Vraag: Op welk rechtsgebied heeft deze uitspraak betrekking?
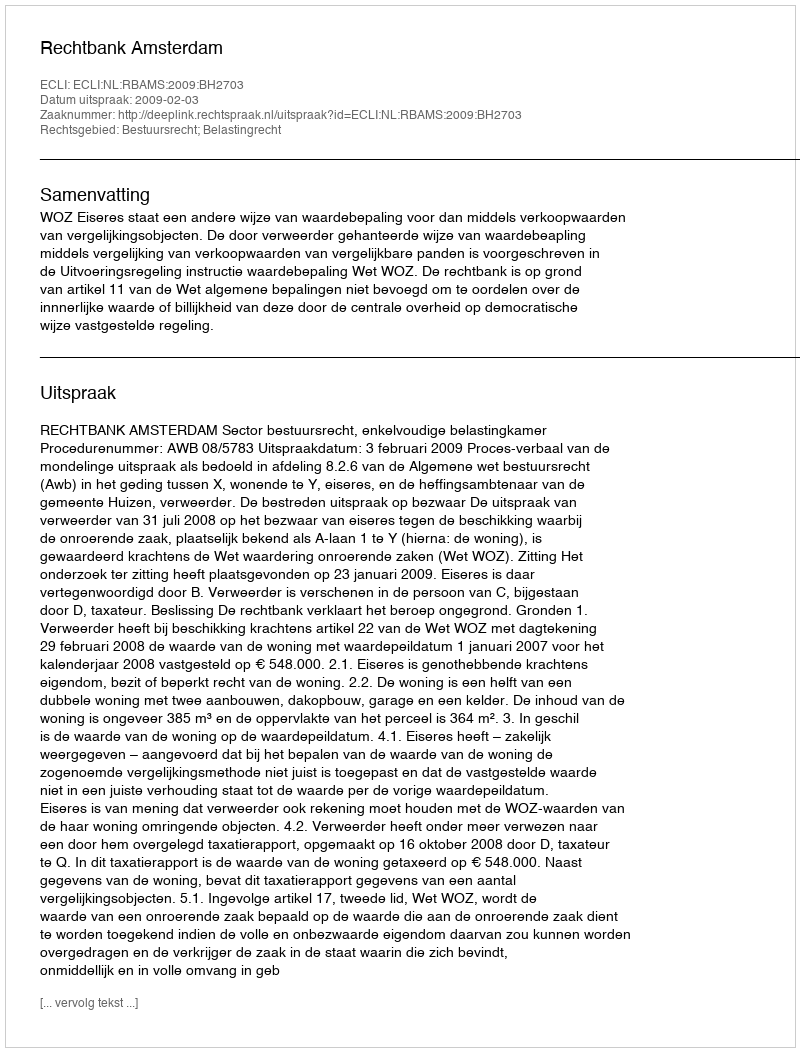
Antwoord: Bestuursrecht; Belastingrecht